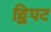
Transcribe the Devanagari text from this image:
द्विपट